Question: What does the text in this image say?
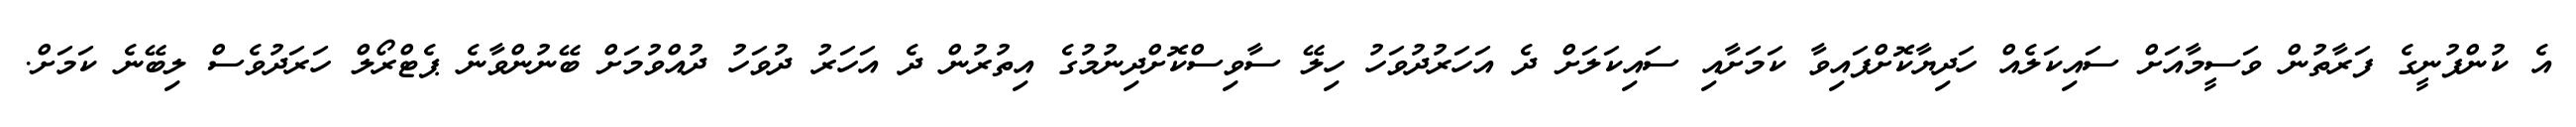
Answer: އެ ކުންފުނީގެ ފަރާތުން ވަސީމާއަށް ސައިކަލެއް ހަދިޔާކޮށްފައިވާ ކަމަށާއި ސައިކަލަށް ދެ އަހަރުދުވަހު ހިލޭ ސާވިސްކޮށްދިނުމުގެ އިތުރުން ދެ އަހަރު ދުވަހު ދުއްވުމަށް ބޭނުންވާނެ ޕެޓްރޯލް ހަރަދުވެސް ލިބޭނެ ކަމަށް.